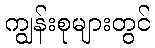
ကျွန်းစုများတွင်